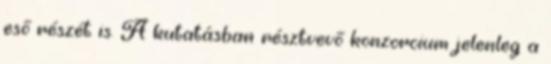
eső részét is. A kutatásban résztvevő konzorcium jelenleg a